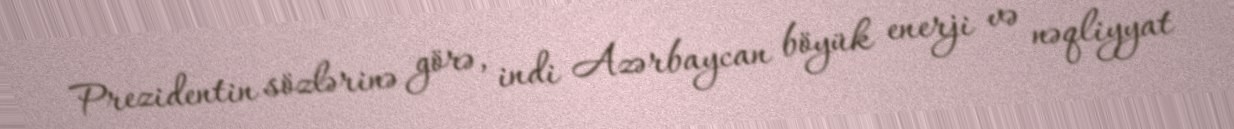
Prezidentin sözlərinə görə, indi Azərbaycan böyük enerji və nəqliyyat